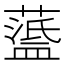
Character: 𦽘